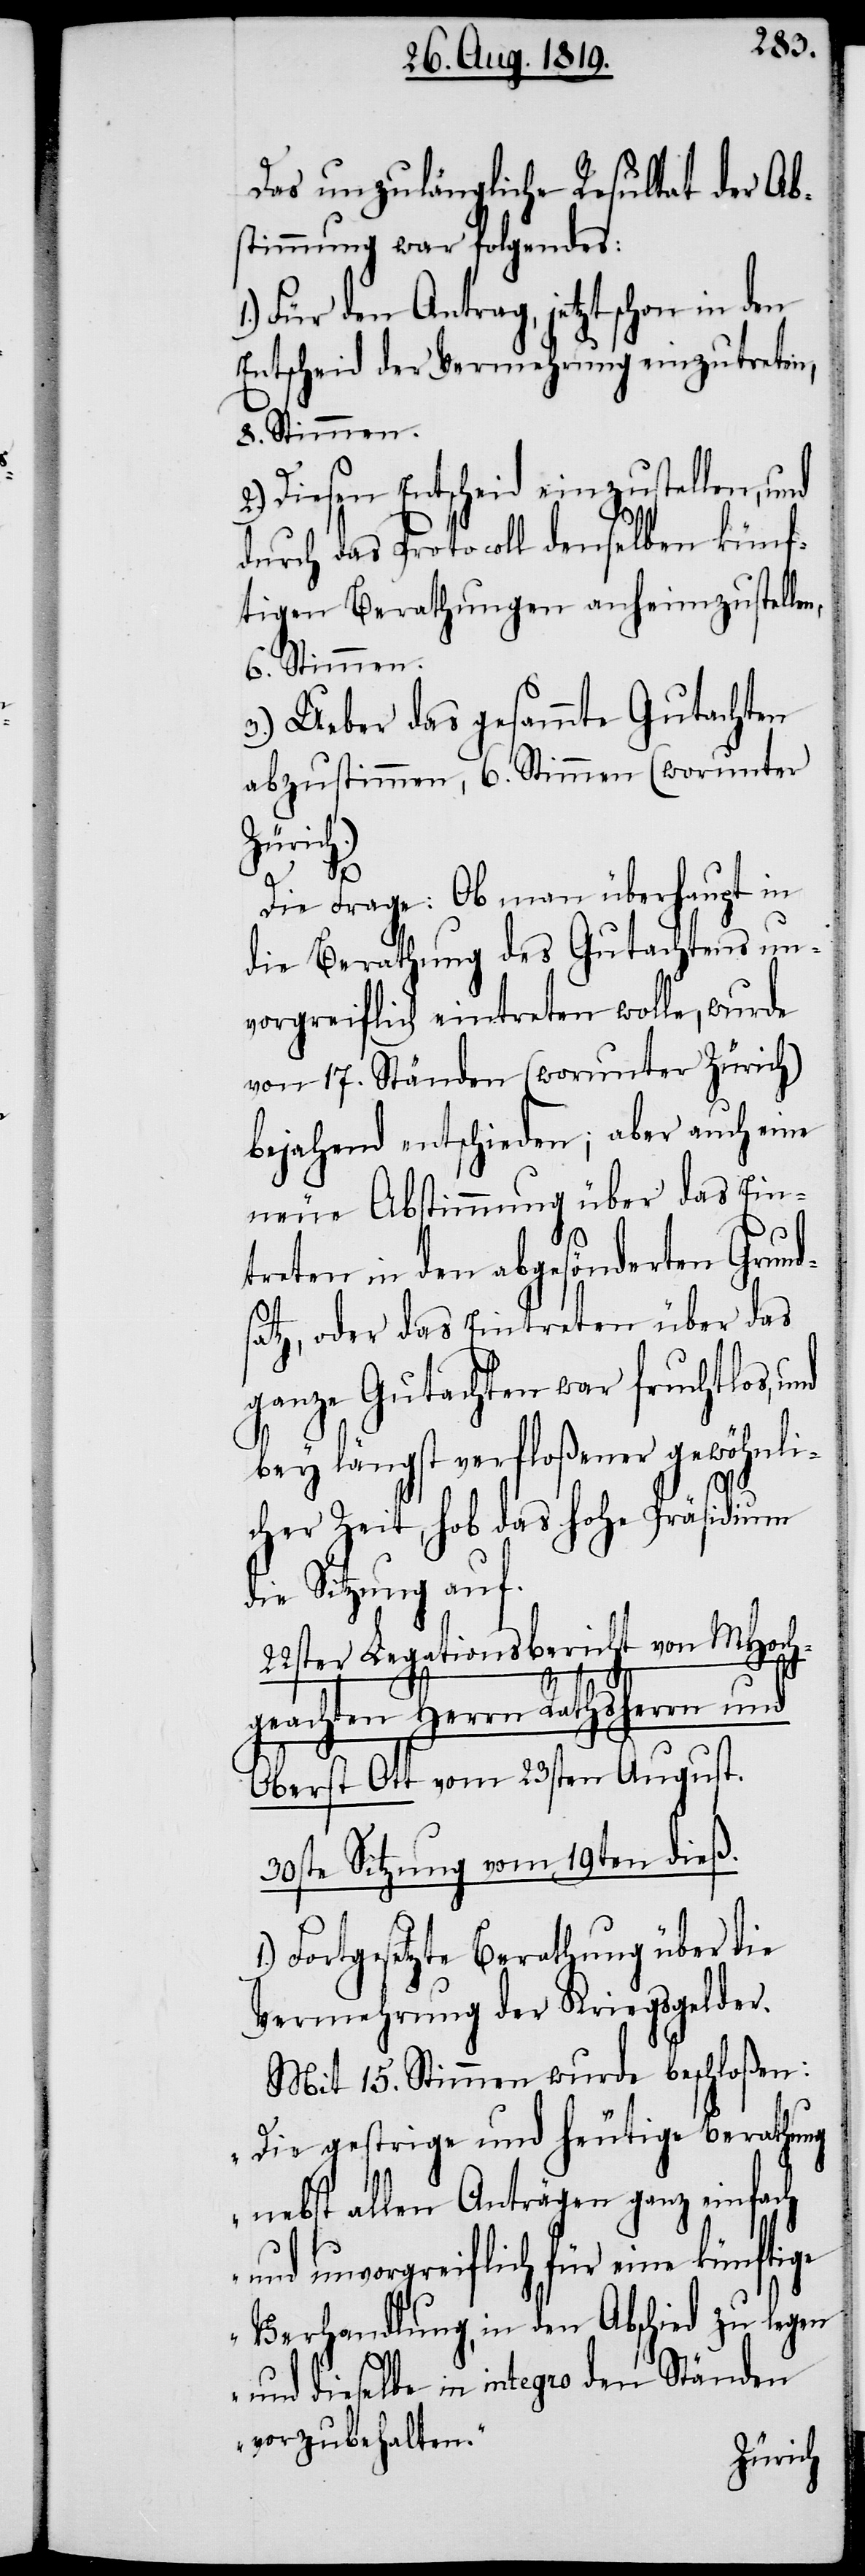
Das unzulängliche Resultat der Ab¬
stimmung war folgendes:
Für den Antrag, jetzt schon in den
Entscheid der Vermehrung einzutreten,
8. Stimmen.
Diesen Entscheid einzustellen, und
durch das Protocoll denselben künf¬
tigen Berathungen anheimzustellen,
6. Stimmen.
3.) Ueber das gesammte Gutachten
abzustimmen, 6. Stimmen (worunter
Zürich.)
Die Frage: Ob man überhaupt in
die Berathung des Gutachtens un¬
vorgreiflich eintreten wolle, wurde
von 17. Ständen (worunter Zürich)
bejahend entschieden; aber auch eine
neue Abstimmung über das Ein¬
treten in den abgesönderten Grund¬
satz, oder das Eintreten über das
ganze Gutachten war fruchtlos, und
bey längst verfloßener gewöhnli¬
cher Zeit, hob das hohe Präsidium
die Sitzung auf.
22ster Legationsbericht von MHoch¬
geachten Herrn Rathsherrn und
Oberst Ott vom 23sten August.
30ste Sitzung vom 19ten dieß.
Fortgesetzte Berathung über die
Vermehrung der Kriegsgelder.
Mit 15. Stimmen wurde beschloßen:
„Die gestrige und heutige Berathung
nebst allen Anträgen ganz einfach
und unvorgreiflich für eine künftige
Verhandlung, in den Abschied zu legen
2.)
und dieselbe in integro den Ständen
vorzubehalten.“